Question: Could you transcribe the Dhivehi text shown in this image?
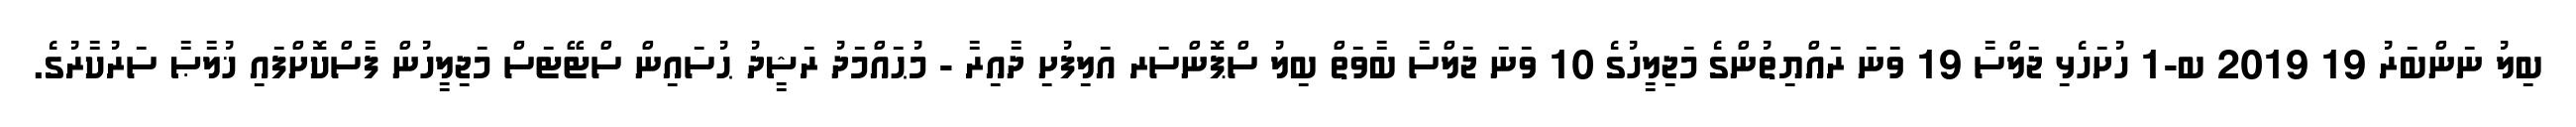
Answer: ބިލު ނަންބަރު 19 2019 ބ-1 ހުށަހެޅި ޖަލްސާ 19 ވަނަ ރައްޔިތުންގެ މަޖިލީހުގެ 10 ވަނަ ޖަލްސާ ބާވަތް ބިލު ސްޕޮންސަރ އަލިފުށި ދާއިރާ - މުޙައްމަދު ރަޝީދު ޙުސައިން ސްޓޭޓަސް މަޖިލީހުން ފާސްކޮށްފައި ޚުލާޞާ ސަރުކާރުގެ.